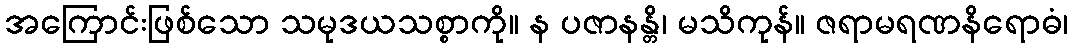
အကြောင်းဖြစ်သော သမုဒယသစ္စာကို။ န ပဇာနန္တိ၊ မသိကုန်။ ဇရာမရဏနိရောဓံ၊